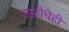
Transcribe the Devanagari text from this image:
जातीचेही